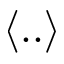
\langle . . \rangle